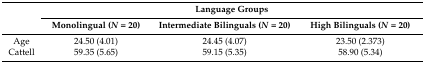
<table><thead><tr><td></td><td colspan="3"><b>Language Groups</b></td></tr><tr><td></td><td><b>Monolingual (<i>N</i> = 20)</b></td><td><b>Intermediate Bilinguals (<i>N</i> = 20)</b></td><td><b>High Bilinguals (<i>N</i> = 20)</b></td></tr></thead><tbody><tr><td>Age</td><td>24.50 (4.01)</td><td>24.45 (4.07)</td><td>23.50 (2.373)</td></tr><tr><td>Cattell</td><td>59.35 (5.65)</td><td>59.15 (5.35)</td><td>58.90 (5.34)</td></tr></tbody></table>